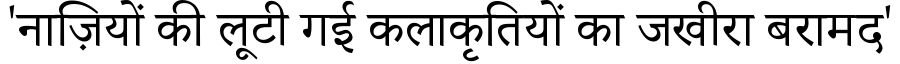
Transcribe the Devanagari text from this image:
'नाज़ियों की लूटी गई कलाकृतियों का जखीरा बरामद'